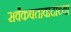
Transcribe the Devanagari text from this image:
सर्वंकषतावादाच्या